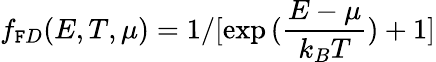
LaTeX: f_{\mathtt{F}D}(E,T,\mu)=1/[\exp{(\frac{{E-\mu}}{{k_{B}T}})}+1]